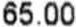
65.00